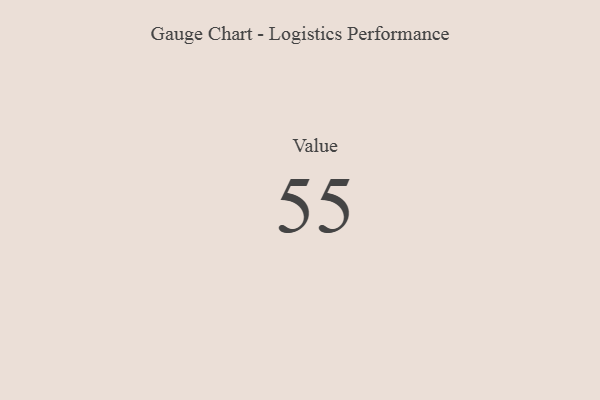
{"axis": {"x": "Metric", "y": "Value"}, "legend": [""], "data": [{"x": "Value", "y": 55, "type": ""}]}